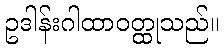
ဥဒါန်းဂါထာဝတ္ထုသည်။